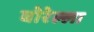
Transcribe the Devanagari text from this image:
बोरेल्ला